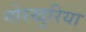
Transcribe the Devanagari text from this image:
गोरखुरिया